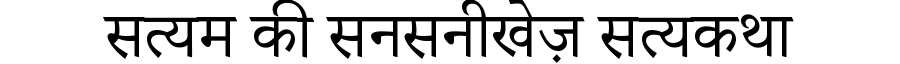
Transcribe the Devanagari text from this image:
सत्यम की सनसनीखेज़ सत्यकथा